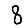
Digit: 8